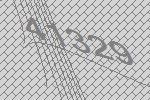
41329